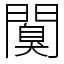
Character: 𨶑